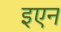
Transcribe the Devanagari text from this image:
इएन